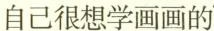
自己很想学画画的